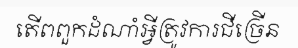
តើពពួកដំណាំអ្វីត្រូវការជីច្រើន